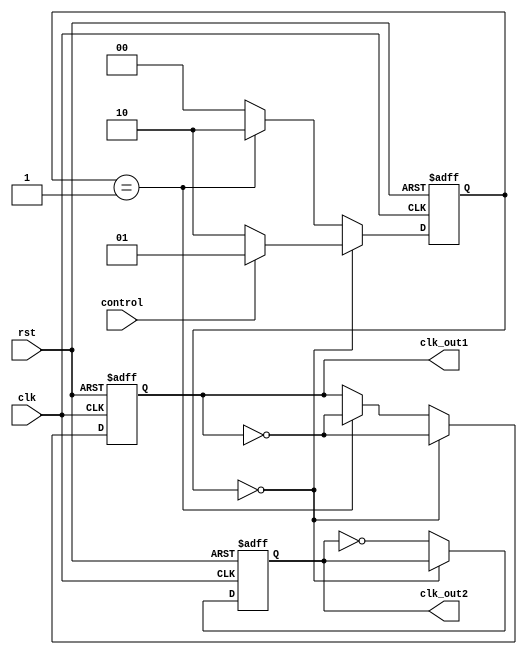
module DualModulusClockDivider (
input clk,  // Input clock signal
input rst,  // Reset signal
input control,  // Control signal for selecting modulus value
output reg clk_out1,  // Divided clock signal with first modulus value
output reg clk_out2  // Divided clock signal with second modulus value
);

reg [1:0] count;  // Counter for tracking clock cycles

always @(posedge clk or posedge rst) begin
    if (rst) begin
        count <= 2'b00;
        clk_out1 <= 1'b0;
        clk_out2 <= 1'b0;
    end else begin
        if (count == 2'b00) begin
            count <= control ? 2'b01 : 2'b10;  // Select modulus value based on control signal
            clk_out1 <= ~clk_out1;
        end else if (count == 2'b01) begin
            count <= 2'b10;
            clk_out1 <= ~clk_out1;
            clk_out2 <= ~clk_out2;
        end else begin
            count <= 2'b00;
            clk_out2 <= ~clk_out2;
        end
    end
end

endmodule